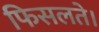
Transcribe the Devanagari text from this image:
फिसलते।